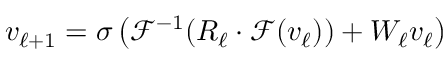
v _ { \ell + 1 } = \sigma \left( \mathcal { F } ^ { - 1 } ( R _ { \ell } \cdot \mathcal { F } ( v _ { \ell } ) ) + W _ { \ell } v _ { \ell } \right)